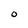
Character: 0